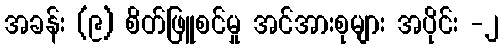
အခန်း (၉) စိတ်ဖြူစင်မှု အင်အားစုများ အပိုင်း -၂